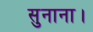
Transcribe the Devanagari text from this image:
सुनाना।